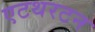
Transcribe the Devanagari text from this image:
एटथरटन